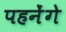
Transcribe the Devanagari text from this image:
पहनेंगे